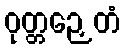
ဝုတ္တဉှေတံ